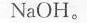
N_{a}OH。